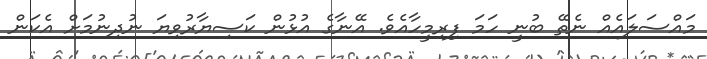
މައްސަލައެއް ނެތޭ ބުނީ ހަމަ ފިރިމީހާއެވެ. އޭނާގެ އުޅުން ކަސިޔާރުވިޔަ ނުދިނުމަށް އެކަން